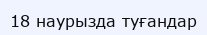
18 наурызда туғандар